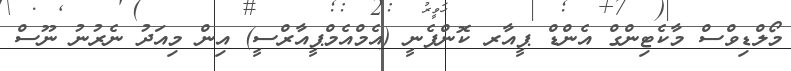
މޯލްޑިވްސް މާކެޓިންގް އެންޑް ޕީއާރ ކޮންޕެނީ (އެމްއެމްޕީއާރްސީ) އިން މިއަދު ނެރުނު ނޫސް